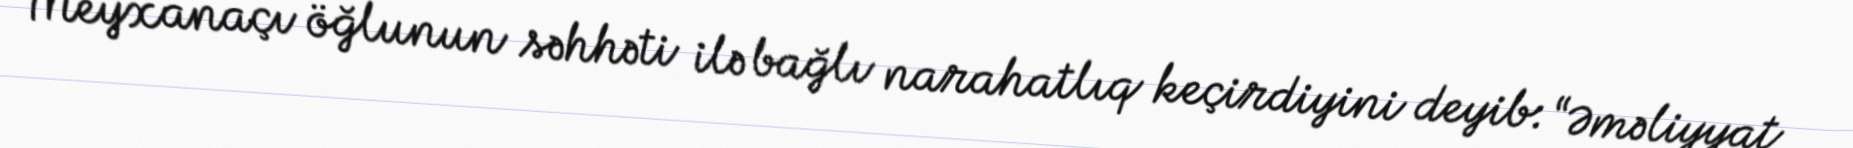
Meyxanaçı öğlunun səhhəti ilə bağlı narahatlıq keçirdiyini deyib: “Əməliyyat